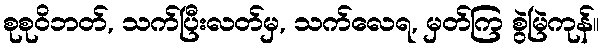
စုစုဝိဘတ်, သက်ပြီးလတ်မှ, သက်လေရ, မှတ်ကြ စွဲမြဲကုန်။